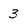
Character: 3